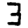
Digit: 3